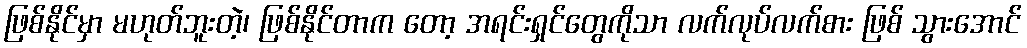
ဖြစ်နိုင်မှာ မဟုတ်ဘူးတဲ့၊ ဖြစ်နိုင်တာက တော့ အရင်းရှင်တွေကိုသာ လက်လုပ်လက်စား ဖြစ် သွားအောင်